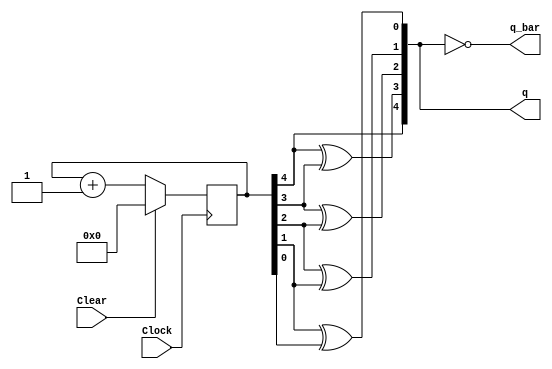
module Gray_Counter(Clock, Clear, q, q_bar );

parameter N_Bits = 5;
input Clock, Clear;
output [1:N_Bits] q, q_bar;
reg [1:N_Bits] Counter, GrayCount;
integer i;

always@(posedge Clock)
begin
if (Clear == 1)
Counter <= 1'b0;
else
Counter <= Counter+1'b1;
end

always@(Counter)
begin
GrayCount[1] <= Counter[1];
for ( i=2; i<=N_Bits;i=i+1)
GrayCount[i] <= Counter[i-1] ^ Counter[i];
end

assign q = GrayCount;
assign q_bar = ~q;

endmodule